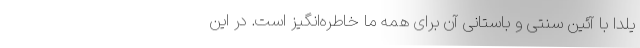
یلدا با آئین سنتی و باستانی آن برای همه ما خاطره‌انگیز است. در این